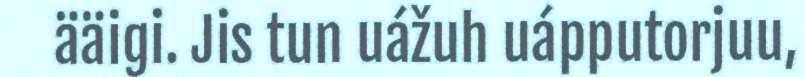
ääigi. Jis tun uážuh uápputorjuu,